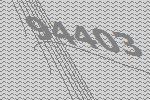
94403